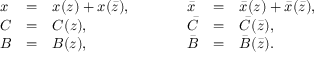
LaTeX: \begin{array} { l c l c l c l } { { x } } & { { = } } & { { x ( z ) + x ( \bar { z } ) , } } & { { \qquad } } & { { \bar { x } } } & { { = } } & { { \bar { x } ( z ) + \bar { x } ( \bar { z } ) , } } \\ { { C } } & { { = } } & { { C ( z ) , } } & { { \qquad } } & { { \bar { C } } } & { { = } } & { { \bar { C } ( \bar { z } ) , } } \\ { { B } } & { { = } } & { { B ( z ) , } } & { { \qquad } } & { { \bar { B } } } & { { = } } & { { \bar { B } ( \bar { z } ) . } } \end{array}